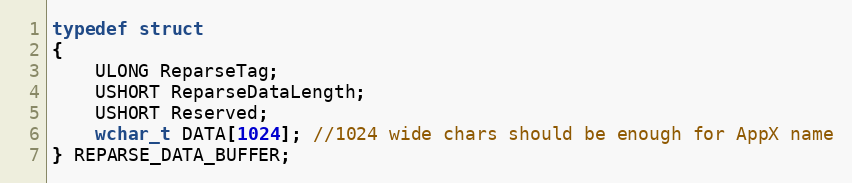
Language: C
typedef struct
{
	ULONG ReparseTag;
	USHORT ReparseDataLength;
	USHORT Reserved;
	wchar_t DATA[1024]; //1024 wide chars should be enough for AppX name
} REPARSE_DATA_BUFFER;